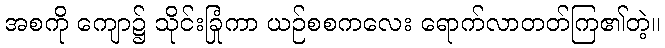
အစကို ကျော၌ သိုင်းခြုံကာ ယဉ်စစကလေး ရောက်လာတတ်ကြ၏တဲ့။